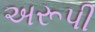
અરૂપી